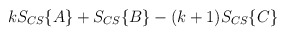
\begin{align*}kS_{CS}\{A\} + S_{CS}\{B\} - (k+1)S_{CS}\{C\}\end{align*}